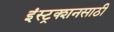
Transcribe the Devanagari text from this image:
इंस्ट्रक्शनसाठी